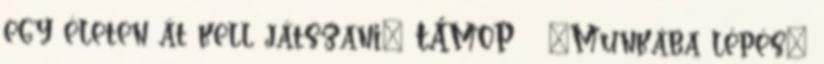
egy életen át kell játszani” TÁMOP „Munkába lépés”